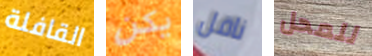
القافلة يكن ناقل للمحل